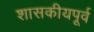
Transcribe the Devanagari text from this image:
शासकीयपूर्व